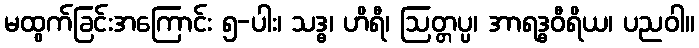
မထွက်ခြင်းအကြောင်း ၅-ပါး၊ သဒ္ဓ၊ ဟိရီ၊ ဩတ္တပ္ပ၊ အာရဒ္ဓဝီရိယ၊ ပညဝါ။